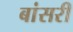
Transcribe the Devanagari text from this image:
बांसरी